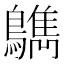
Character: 𪆳